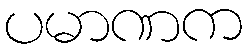
ပမာဏက